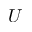
U